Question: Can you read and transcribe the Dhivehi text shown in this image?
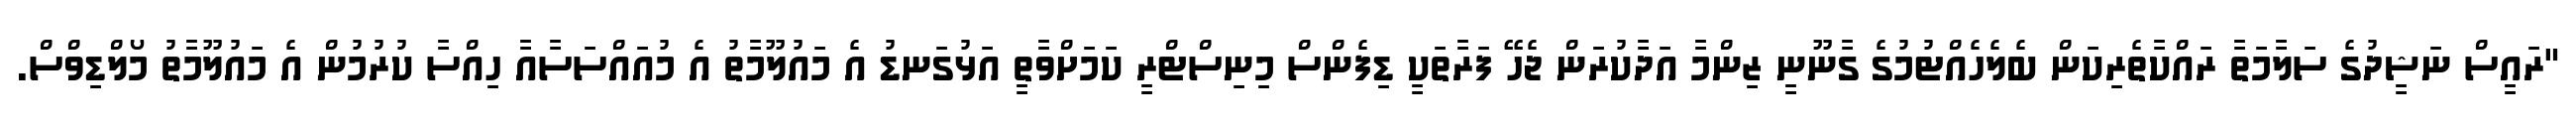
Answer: "ރައީސް ނަޝީދުގެ ސަލާމަތާ ރައްކާތެރިކަން ބެލެހެއްޓުމުގެ ގާނޫނީ ޒިންމާ އަދާކުރަން ޖެހޭ ފަރާތަކީ ޑިފެންސް މިނިސްޓްރީ ކަމަށްވާތީ އަޅުގަނޑު އެ މައުލޫމާތު އެ މުއައްސަސާއާ ހިއްސާ ކުރުމުން އެ މައުލޫމާތު މޯލްޑިވްސް.